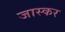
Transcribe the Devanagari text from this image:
जास्कर